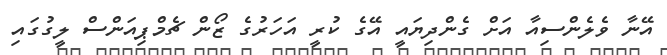
އޭނާ ވެލެންސިއާ އަށް ގެންދިޔައީ އޭގެ ކުރީ އަހަރުގެ ޒޯން ޗެމްޕިއަންސް ލީގުގައި